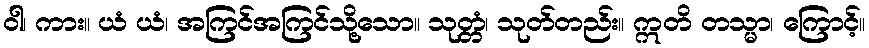
ဝါ၊ ကား။ ယံ ယံ၊ အကြင်အကြင်သို့သော။ သုတ္တံ၊ သုတ်တည်း။ ဣတိ တသ္မာ၊ ကြောင့်။